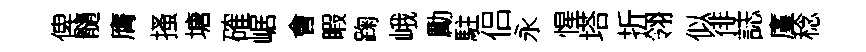
俾髓膺搔塘確崌㑹睱踘峨勵駐侣永惺塔折翎似徘誌廑稔